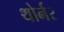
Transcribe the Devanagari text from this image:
थोर्नर